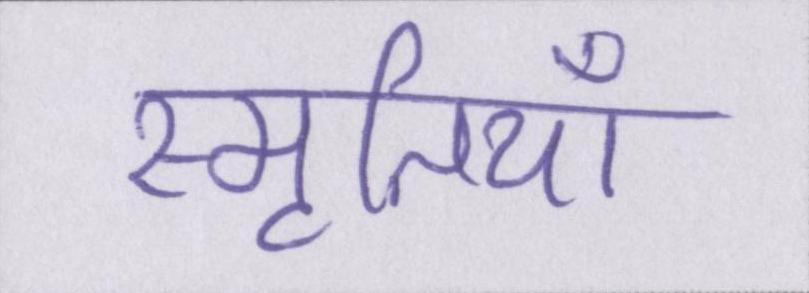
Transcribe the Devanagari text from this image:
स्मृतियाँ